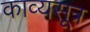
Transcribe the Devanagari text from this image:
काव्यसूत्र